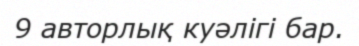
9 авторлық куәлігі бар.